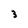
Character: 3